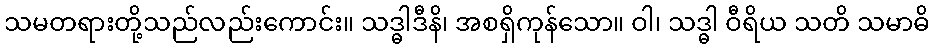
သမတရားတို့သည်လည်းကောင်း။ သဒ္ဓါဒီနိ၊ အစရှိကုန်သော။ ဝါ၊ သဒ္ဓါ ဝီရိယ သတိ သမာဓိ